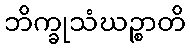
ဘိက္ခုသံဃဉ္စာတိ